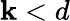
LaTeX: \mathbf{k}<d